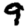
Digit: 9